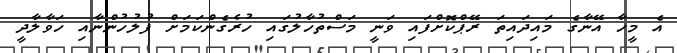
އެ މީހާ އޭނާގެ މައިދައިތަ ރޭޕްކޮށްފައި ވަނީ މަސްތުހާލުގައި ހުރެގެންކަމަށް ފުލުހުންނާއި ހަވާލާދީ